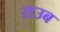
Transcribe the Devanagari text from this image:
राउब